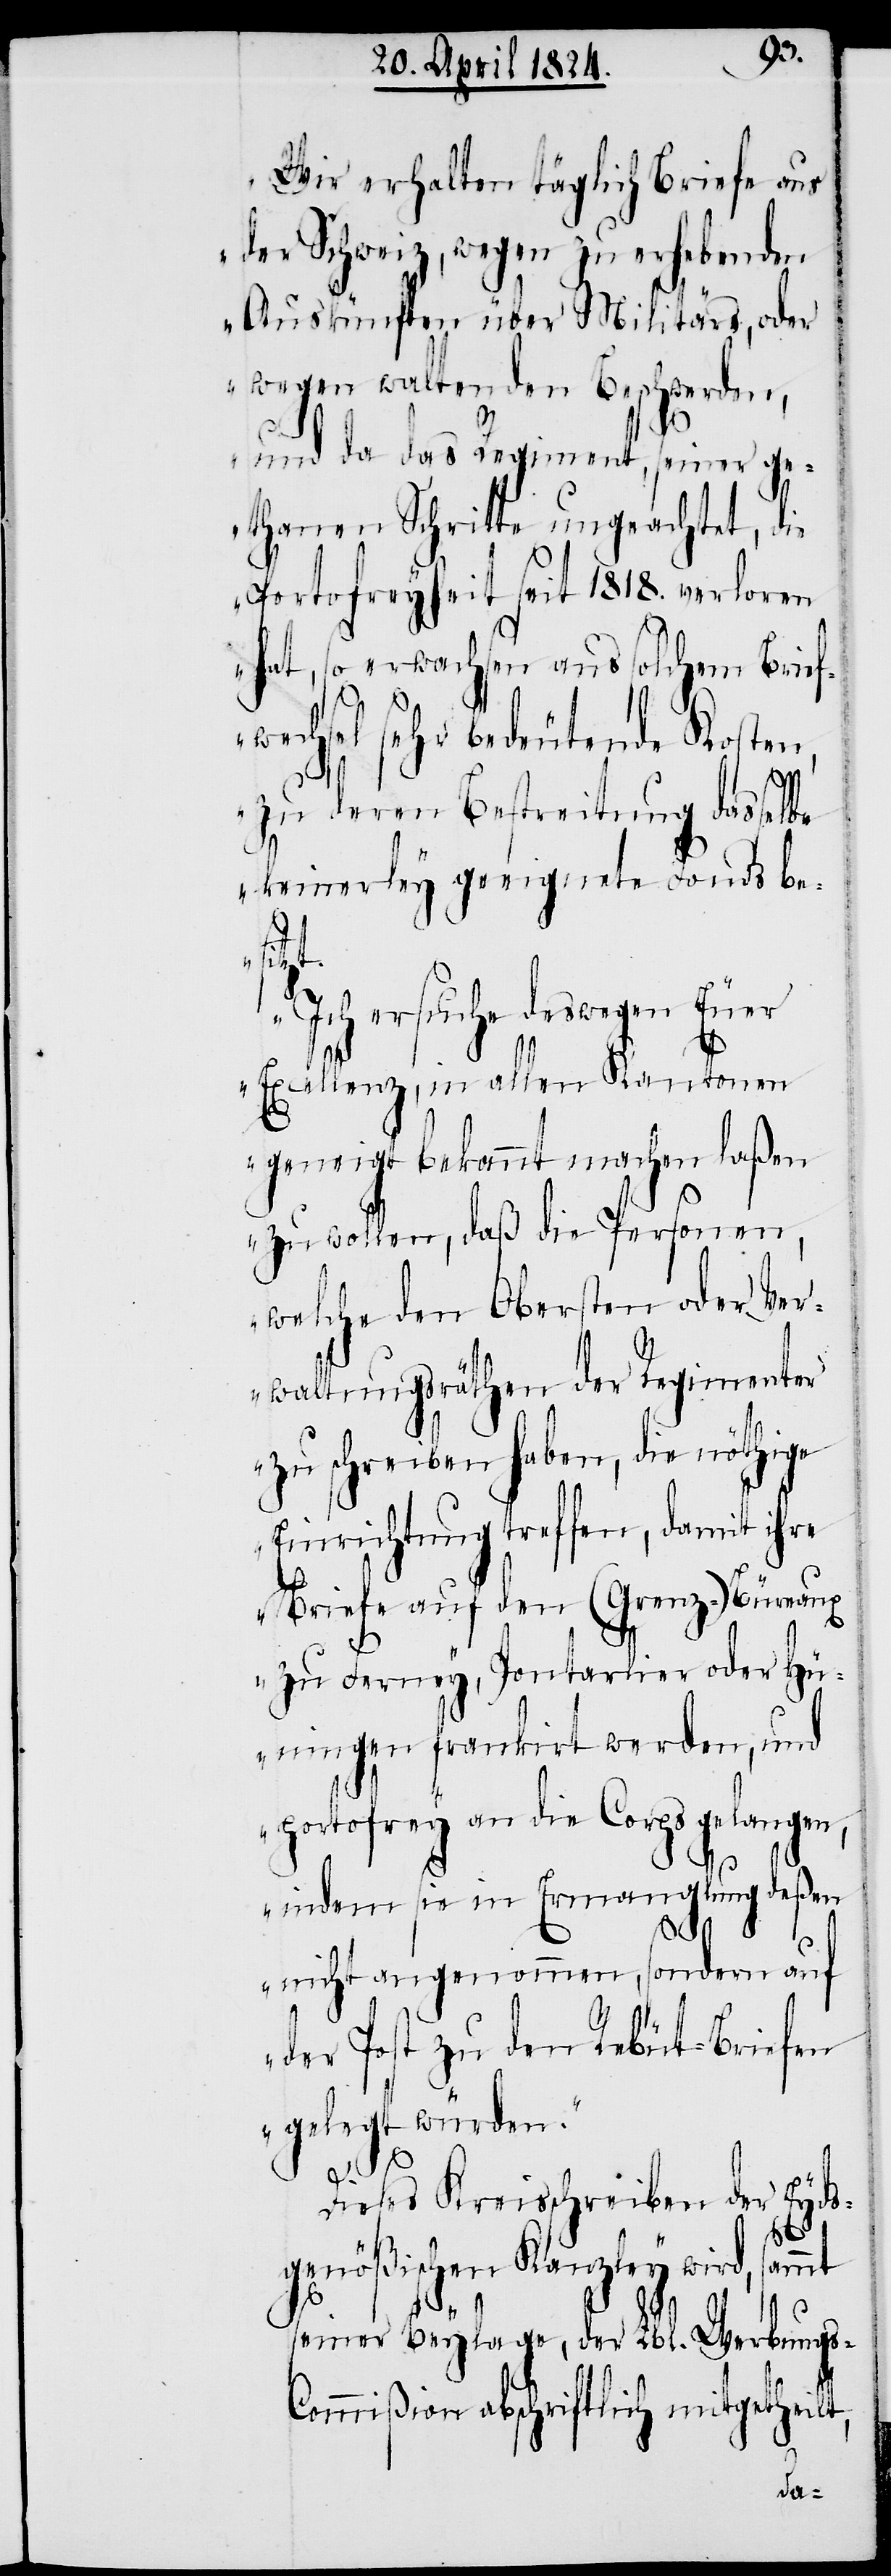
Wir erhalten täglich Briefe aus
der Schweiz, wegen zu erhebenden
Auskünften über Militärs, oder
wegen waltenden Beschwerden,
und da das Regiment, seiner ge¬
thanen Schritte ungeachtet, die
Portofreyheit seit 1818. verloren
hat, so erwachsen aus solchem Brief¬
wechsel sehr bedeutende Kosten,
zu deren Bestreitung dasselbe
keinerley geeignete Fonds be¬
sitzt.
Ich ersuche deswegen Euer
Excellenz, in allen Kantonen
geneigt bekannt machen laßen
zu wollen, das die Personen,
welche den Obersten oder Ver¬
waltungsräthen der Regimenter
zu schreiben haben, die nöthige
Einrichtung treffen, damit ihre
Briefe auf den (Grenz-) Bureaux
zu Ferney, Pontarlier oder Hü¬
ningen frankiert werden, und
portofrey an die Corps gelangen,
indem sie in Ermangelung deßen
„
nicht angenommen, sondern auf
der Post zu den Rebüt-Briefen
gelegt würden.“
Dieses Kreisschreiben der Eyds¬
genößischen Kanzley wird, sammt
seiner Beylage, der Lbl. Werbungs-C¬
ommißion abschriftlich mitgetheil¬

t,